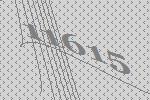
11615